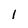
Character: l